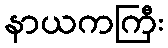
နာယကကြီး